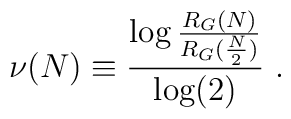
\nu(N) \equiv \frac{\log \frac{R_G(N)}{R_G(\frac{N}{2})}} {\log(2)}\ .